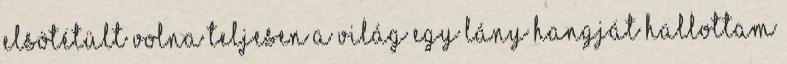
elsötétült volna teljesen a világ egy lány hangját hallottam